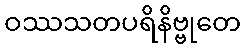
ဝဿသတပရိနိဗ္ဗုတေ